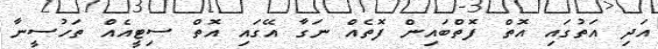
އަދި އަތުގައި އޮތް ފޮތްބައިން ފޮތެއް ނަގާ އޭގައި އޮތް ސިޓީއެއް ތަހުސީނާ